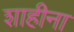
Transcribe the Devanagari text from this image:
शाहीना